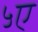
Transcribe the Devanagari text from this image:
५ए